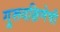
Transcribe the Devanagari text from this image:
गुरूदक्षिणेची